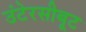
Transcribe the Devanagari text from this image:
उंटेरसीबूट